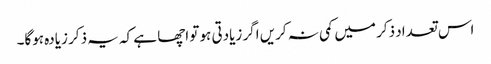
اس تعداد ذکر میں کمی نہ کریں اگر زیادتی ہو تو اچھا ہے کہ یہ ذکر زیادہ ہوگا۔